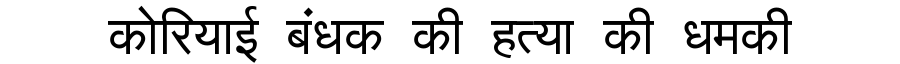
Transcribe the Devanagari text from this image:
कोरियाई बंधक की हत्या की धमकी